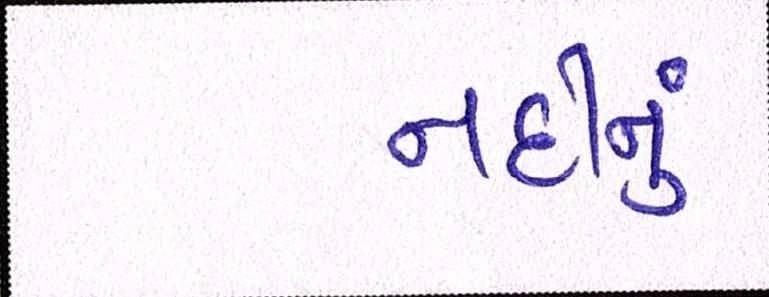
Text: નદીનું